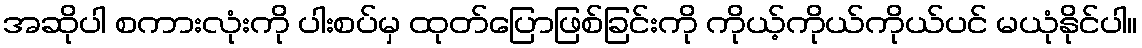
အဆိုပါ စကားလုံးကို ပါးစပ်မှ ထုတ်ပြောဖြစ်ခြင်းကို ကိုယ့်ကိုယ်ကိုယ်ပင် မယုံနိုင်ပါ။